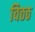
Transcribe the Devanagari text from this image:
विठठ